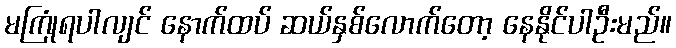
မကြုံရပါလျင် နောက်ထပ် ဆယ်နှစ်လောက်တော့ နေနိုင်ပါဦးမည်။